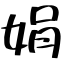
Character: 娟